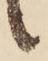
候